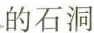
的石洞